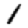
Digit: 1